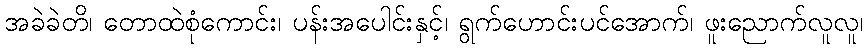
အခဲခဲတိ၊ တောထဲစုံကောင်း၊ ပန်းအပေါင်းနှင့်၊ ရွက်ဟောင်းပင်အောက်၊ ဖူးညောက်လူလူ၊